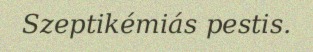
Szeptikémiás pestis.